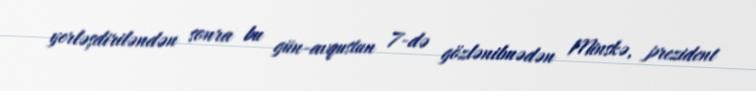
yerləşdiriləndən sonra bu gün-avqustun 7-də gözlənilmədən Minskə, prezident